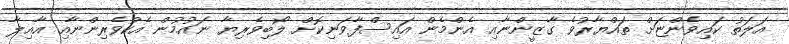
އަލަތު ކައިވެންޏަށް ތައްޔާރުވެ ގާޒީންނާއި އެންމެން އައިސްފާވަނިކޮށް ލޯބިވެރިޔާ ނައުމުން އެކުވެރިންނާއި އާއިލާ